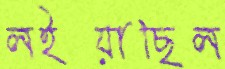
লইয়াছিল